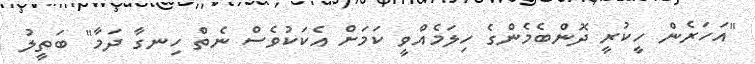
"އަހަރެން ހީކުރީ ދޮންބެމެންގެ ހިލަމެއްވީ ކަމަށް އެކަކުވެސް ނެތް ހިނގާ ދަމާ" ބަތީލު